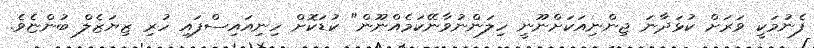
ފެނުމަކީ ވަރަށް ކުޅަދާނަ ޖިންނިއަކަށްނޫނީ ހިލަންނުވާނޭކަމެއްނޫން" ކުޑަކޮށް ހިނިއައިސްފައި ހުރި ޒިޔަޒެލް ބުންޏެވެ.